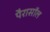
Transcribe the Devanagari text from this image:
पैरासॉल